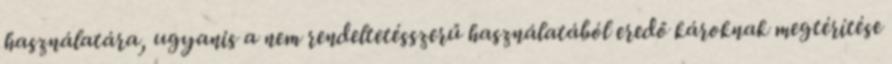
használatára, ugyanis a nem rendeltetésszerű használatából eredő károknak megtérítése